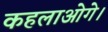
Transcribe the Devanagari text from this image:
कहलाओगे।